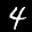
Label: 4